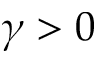
\gamma > 0